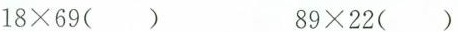
$$18 \times69（）$$ $$89 \times22（）$$